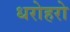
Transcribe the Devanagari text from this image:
धरोहरो